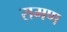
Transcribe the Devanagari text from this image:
रामण